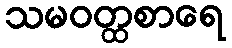
သမဝတ္ထစာရေ